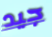
جيد